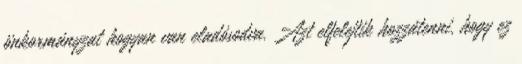
önkormányzat hogyan van eladósodva. Azt elfelejtik hozzátenni, hogy ez